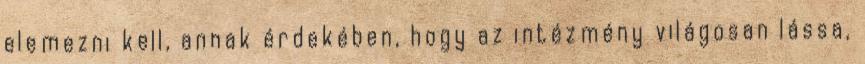
elemezni kell, annak érdekében, hogy az intézmény világosan lássa,